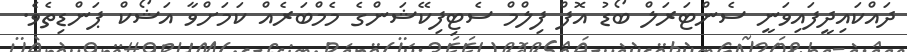
ދައްކައިދީފައިވަނީ ސެންޓަރަލް ބޯޑު އޮފް ފިލްމް ސެޓިފިކޭޝަންގެ މެމްބަރެއް ކަމަށްވާ އަޝޯކް ޕަންޑިތެވެ.